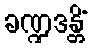
ခဏ္ဍဒန္တိံ